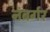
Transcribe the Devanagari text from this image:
नंबर्गर